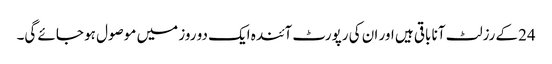
24کے رزلٹ آنا باقی ہیں اور ان کی رپورٹ آئندہ ایک دو روز میں موصول ہو جائے گی۔